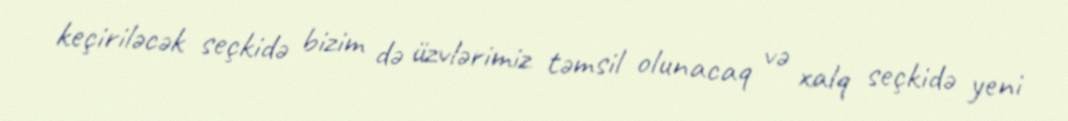
keçiriləcək seçkidə bizim də üzvlərimiz təmsil olunacaq və xalq seçkidə yeni